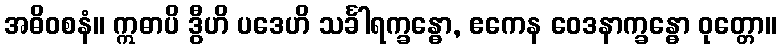
အဓိဝစနံ။ ဣဓာပိ ဒွီဟိ ပဒေဟိ သင်္ခါရက္ခန္ဓော, ဧကေန ဝေဒနာက္ခန္ဓော ဝုတ္တော။